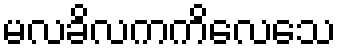
မလခိလကကိလေသေ